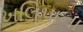
ખલિપાના